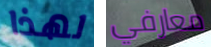
لهذا معارفي